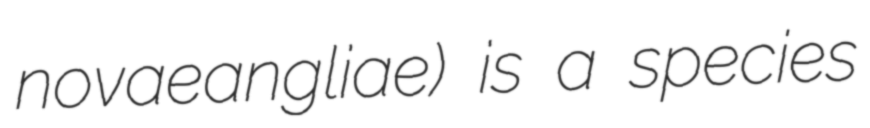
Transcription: novaeangliae) is a species